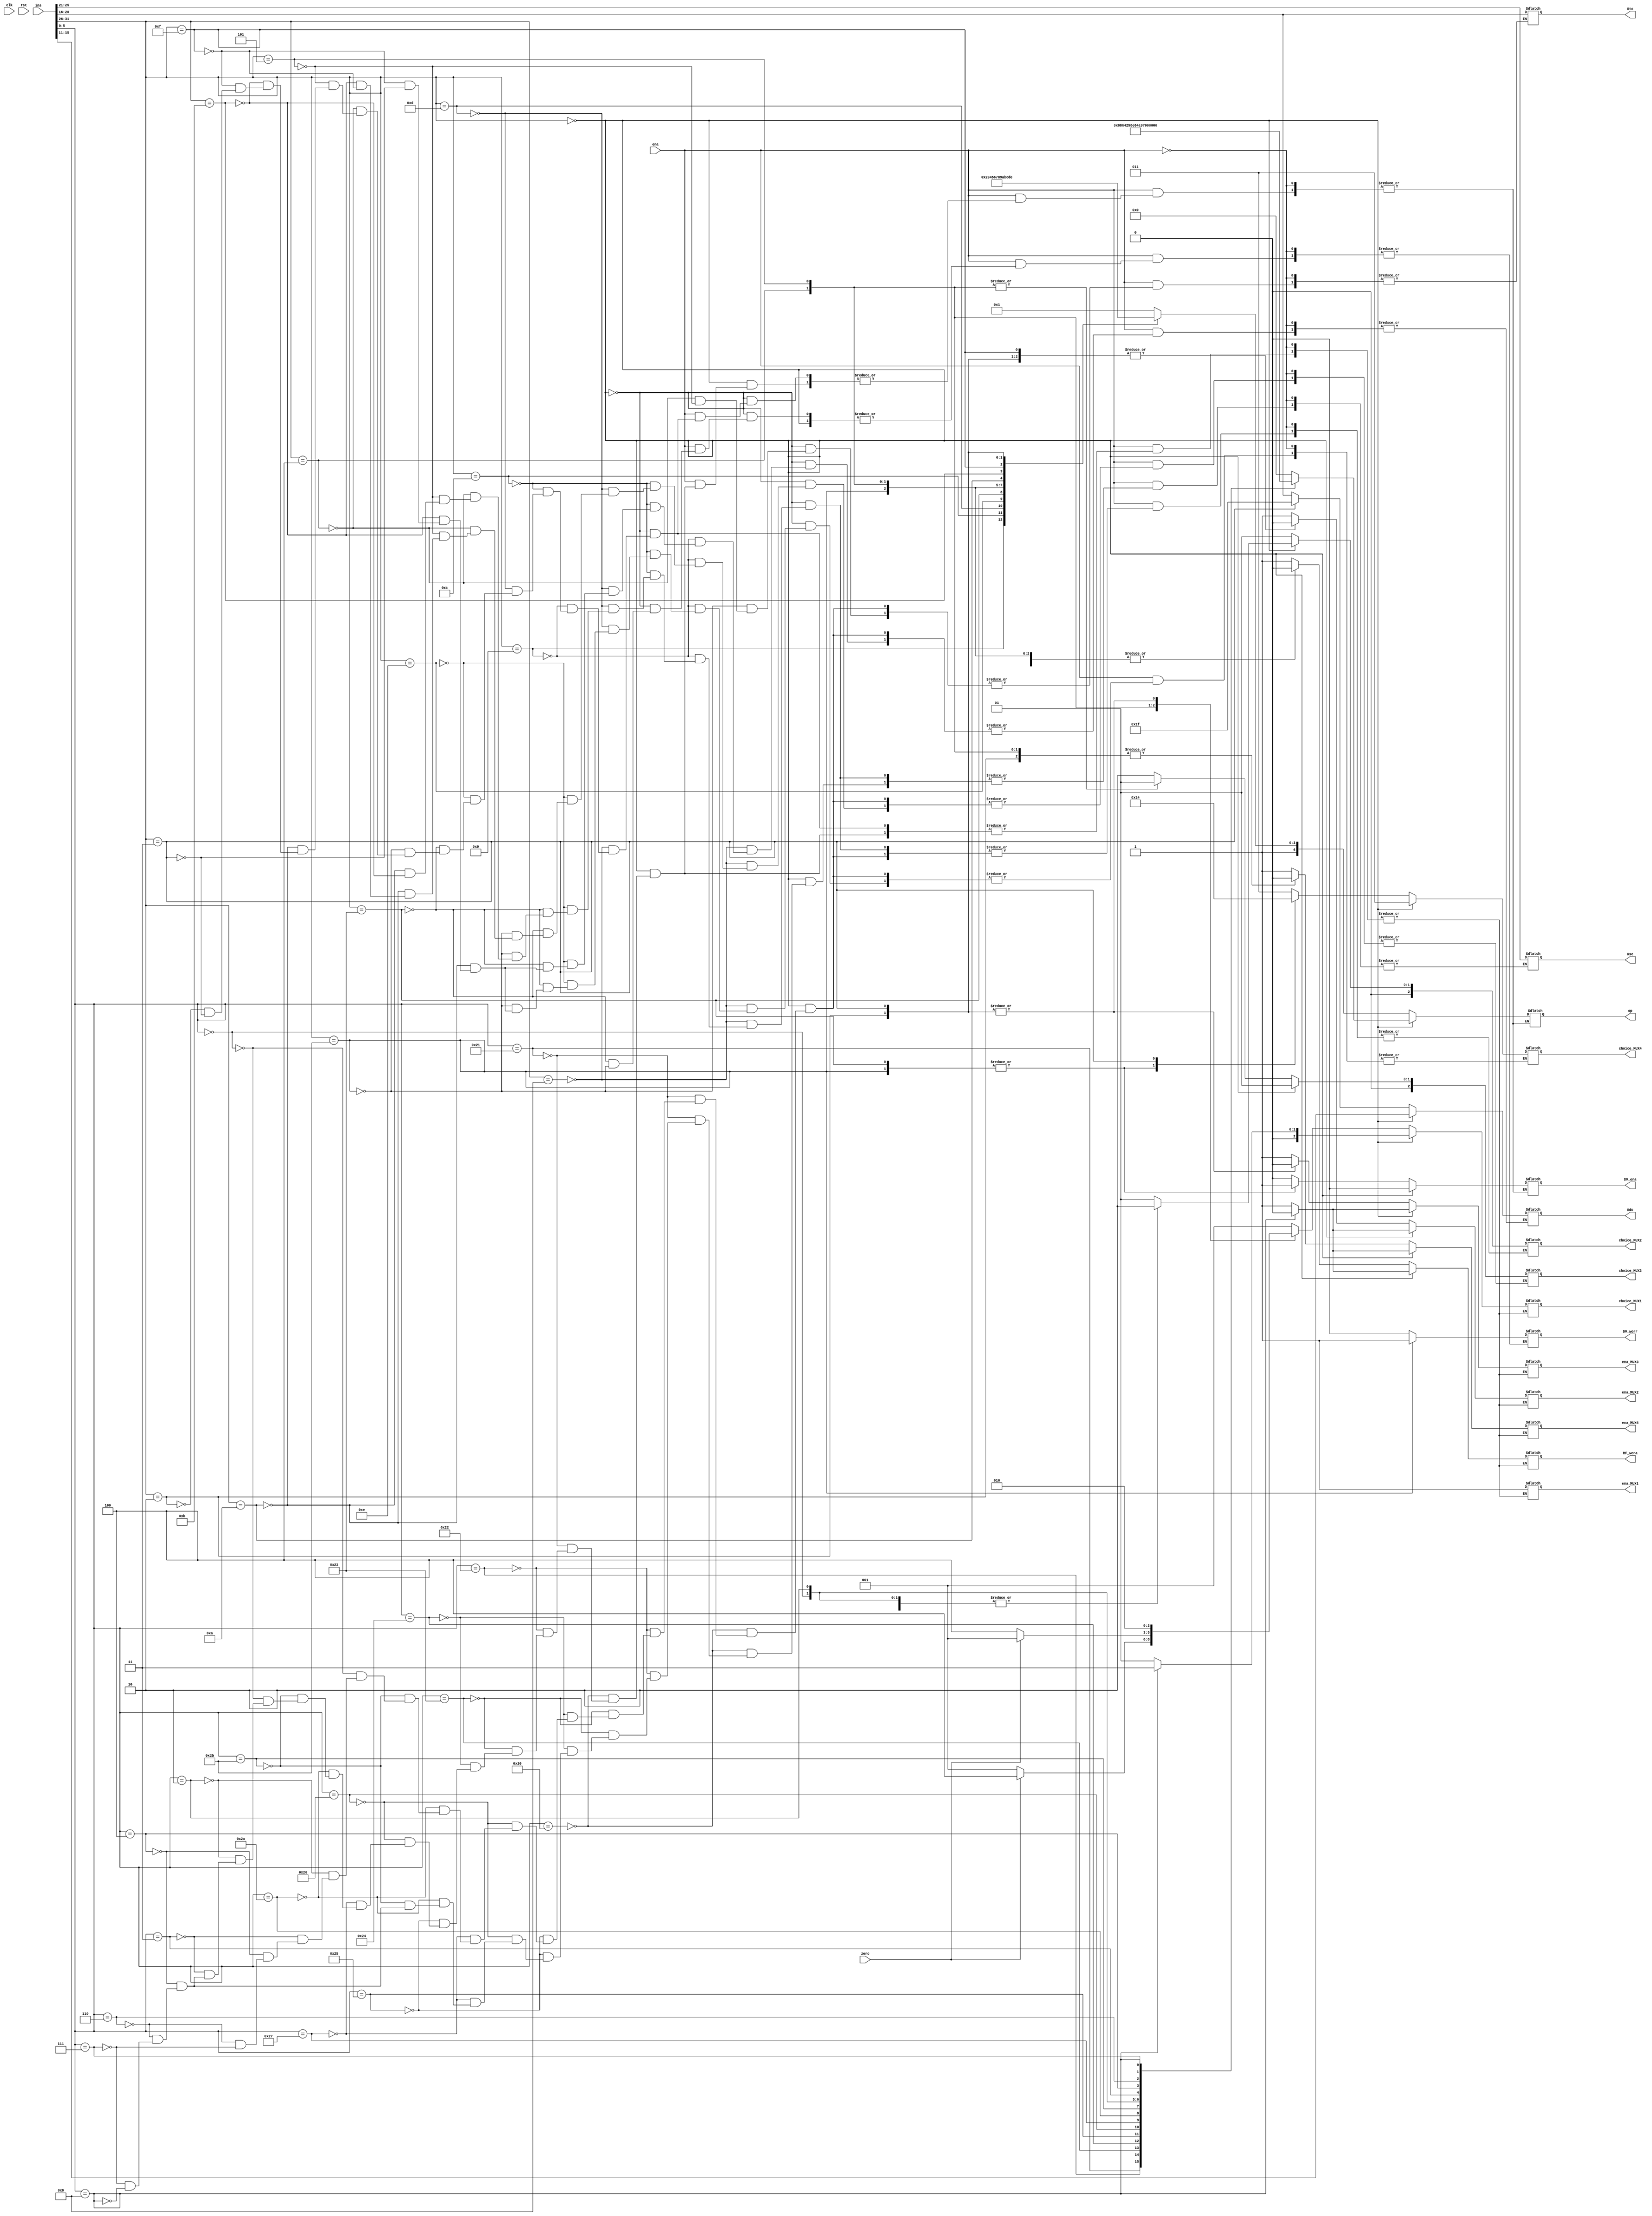
`timescale 1ns / 1ps
//////////////////////////////////////////////////////////////////////////////////
// Company: 
// Engineer: 
// 
// Design Name: 
// Module Name: Controller
// Project Name: 
// Target Devices: 
// Tool Versions: 
// Description: 
// 
// Dependencies: 
// 
// Revision:
// Revision 0.01 - File Created
// Additional Comments:
// 
//////////////////////////////////////////////////////////////////////////////////


module Controller(
    input clk,
    input ena,
    input rst,
    input zero,
    input [31:0]ins,
    output reg [4:0]op,
    output reg ena_MUX1,
    output reg [2:0]choice_MUX1,
    output reg ena_MUX2,
    output reg [2:0]choice_MUX2,
    output reg ena_MUX3,
    output reg [2:0]choice_MUX3,
    output reg ena_MUX4,
    output reg [2:0]choice_MUX4,
    output reg RF_wena,
    output reg [4:0]Rdc,
    output reg [4:0]Rsc,
    output reg [4:0]Rtc,
    //DMEM
    output reg DM_ena,
    //
    output reg DM_worr
    );

    parameter ADD = 5'b00000;
    parameter ADDU = 5'b00001;
    parameter SUB = 5'b00010;
    parameter SUBU = 5'b00011;
    parameter AND = 5'b00100;
    parameter OR = 5'b00101;
    parameter XOR = 5'b00110;
    parameter NOR = 5'b00111;
    parameter SLT = 5'b01000;
    parameter SLTU = 5'b01001;
    parameter SLL = 5'b01010;
    parameter SRL = 5'b01011;
    parameter SRA = 5'b01100;
    parameter SLLV = 5'b01101;
    parameter SRLV = 5'b01110;
    parameter SRAV = 5'b01111;
    parameter JR = 5'b10000;

    parameter ADDI = 5'b10001;
    parameter ADDIU = 5'b10010;
    parameter ANDI = 5'b10011;
    parameter ORI = 5'b10100;
    parameter XORI = 5'b10101;
    parameter LW = 5'b10110;
    parameter SW = 5'b10111;
    parameter BEQ = 5'b11000;
    parameter BNE = 5'b11001;
    parameter SLTI = 5'b11010;
    parameter SLTIU = 5'b11011;
    parameter LUI = 5'b11100;

    parameter J = 5'b11101;
    parameter JAI = 5'b11110;

    always @(*)begin
        if(ena)begin
            if(ins[31:26]==6'b00_0000)begin
                case(ins[5:0])
                    6'b10_0000:begin
                        op=ADD;

                        ena_MUX1<=1'b1;
                        choice_MUX1<=3'd1;
                        
                        RF_wena<=1'b1;
                        Rdc<=ins[15:11];
                        Rsc<=ins[25:21];
                        Rtc<=ins[20:16];

                        ena_MUX2<=1'b1;
                        choice_MUX2<=3'd1;
                        ena_MUX3<=1'b1;
                        choice_MUX3<=3'd1;

                        ena_MUX4<=1'b1;
                        choice_MUX4<=3'd3;

                        DM_ena=1'b0;
                    end
                    6'b10_0001:begin
                        op=ADDU;

                        ena_MUX1<=1'b1;
                        choice_MUX1<=3'd1;
                        
                        RF_wena<=1'b1;
                        Rdc<=ins[15:11];
                        Rsc<=ins[25:21];
                        Rtc<=ins[20:16];

                        ena_MUX2<=1'b1;
                        choice_MUX2<=3'd1;
                        ena_MUX3<=1'b1;
                        choice_MUX3<=3'd1;

                        ena_MUX4<=1'b1;
                        choice_MUX4<=3'd3;

                        DM_ena=1'b0;

                    end
                    6'b10_0010:begin
                        op=SUB;

                        ena_MUX1<=1'b1;
                        choice_MUX1<=3'd1;
                        
                        RF_wena<=1'b1;
                        Rdc<=ins[15:11];
                        Rsc<=ins[25:21];
                        Rtc<=ins[20:16];

                        ena_MUX2<=1'b1;
                        choice_MUX2<=3'd1;
                        ena_MUX3<=1'b1;
                        choice_MUX3<=3'd1;

                        ena_MUX4<=1'b1;
                        choice_MUX4<=3'd3;

                        DM_ena=1'b0;

                    end
                    6'b10_0011:begin
                        op=SUBU;

                        ena_MUX1<=1'b1;
                        choice_MUX1<=3'd1;
                        
                        RF_wena<=1'b1;
                        Rdc<=ins[15:11];
                        Rsc<=ins[25:21];
                        Rtc<=ins[20:16];

                        ena_MUX2<=1'b1;
                        choice_MUX2<=3'd1;
                        ena_MUX3<=1'b1;
                        choice_MUX3<=3'd1;

                        ena_MUX4<=1'b1;
                        choice_MUX4<=3'd3;

                        DM_ena=1'b0;
                    end
                    6'b10_0100:begin
                        op=AND;

                        ena_MUX1<=1'b1;
                        choice_MUX1<=3'd1;
                        
                        RF_wena<=1'b1;
                        Rdc<=ins[15:11];
                        Rsc<=ins[25:21];
                        Rtc<=ins[20:16];

                        ena_MUX2<=1'b1;
                        choice_MUX2<=3'd1;
                        ena_MUX3<=1'b1;
                        choice_MUX3<=3'd1;

                        ena_MUX4<=1'b1;
                        choice_MUX4<=3'd3;

                        DM_ena=1'b0;

                    end
                    6'b10_0101:begin
                        op=OR;

                        ena_MUX1<=1'b1;
                        choice_MUX1<=3'd1;
                        
                        RF_wena<=1'b1;
                        Rdc<=ins[15:11];
                        Rsc<=ins[25:21];
                        Rtc<=ins[20:16];

                        ena_MUX2<=1'b1;
                        choice_MUX2<=3'd1;
                        ena_MUX3<=1'b1;
                        choice_MUX3<=3'd1;

                        ena_MUX4<=1'b1;
                        choice_MUX4<=3'd3;

                        DM_ena=1'b0;
                    end
                    6'b10_0110:begin
                        op=XOR;

                        ena_MUX1<=1'b1;
                        choice_MUX1<=3'd1;
                        
                        RF_wena<=1'b1;
                        Rdc<=ins[15:11];
                        Rsc<=ins[25:21];
                        Rtc<=ins[20:16];

                        ena_MUX2<=1'b1;
                        choice_MUX2<=3'd1;
                        ena_MUX3<=1'b1;
                        choice_MUX3<=3'd1;

                        ena_MUX4<=1'b1;
                        choice_MUX4<=3'd3;

                        DM_ena=1'b0;
                    end
                    6'b10_0111:begin
                        op=NOR;

                        ena_MUX1<=1'b1;
                        choice_MUX1<=3'd1;
                        
                        RF_wena<=1'b1;
                        Rdc<=ins[15:11];
                        Rsc<=ins[25:21];
                        Rtc<=ins[20:16];

                        ena_MUX2<=1'b1;
                        choice_MUX2<=3'd1;
                        ena_MUX3<=1'b1;
                        choice_MUX3<=3'd1;

                        ena_MUX4<=1'b1;
                        choice_MUX4<=3'd3;

                        DM_ena=1'b0;

                    end
                    6'b10_1010:begin
                        op=SLT;

                        ena_MUX1<=1'b1;
                        choice_MUX1<=3'd1;
                        
                        RF_wena<=1'b1;
                        Rdc<=ins[15:11];
                        Rsc<=ins[25:21];
                        Rtc<=ins[20:16];

                        ena_MUX2<=1'b1;
                        choice_MUX2<=3'd1;
                        ena_MUX3<=1'b1;
                        choice_MUX3<=3'd1;

                        ena_MUX4<=1'b1;
                        choice_MUX4<=3'd3;

                        DM_ena=1'b0;
                    end
                    6'b10_1011:begin
                        op=SLTU;

                        ena_MUX1<=1'b1;
                        choice_MUX1<=3'd1;
                        
                        RF_wena<=1'b1;
                        Rdc<=ins[15:11];
                        Rsc<=ins[25:21];
                        Rtc<=ins[20:16];

                        ena_MUX2<=1'b1;
                        choice_MUX2<=3'd1;
                        ena_MUX3<=1'b1;
                        choice_MUX3<=3'd1;

                        ena_MUX4<=1'b1;
                        choice_MUX4<=3'd3;

                        DM_ena=1'b0;
                    end
                    6'b00_0000:begin
                        op=SLL;

                        ena_MUX1<=1'b1;
                        choice_MUX1<=3'd1;
                        
                        RF_wena<=1'b1;
                        Rdc<=ins[15:11];
                        Rtc<=ins[20:16];

                        ena_MUX2<=1'b1;
                        choice_MUX2<=3'd2;
                        ena_MUX3<=1'b1;
                        choice_MUX3<=3'd1;

                        ena_MUX4<=1'b1;
                        choice_MUX4<=3'd3;

                        DM_ena=1'b0;

                    end
                    6'b00_0010:begin
                        op=SRL;

                        ena_MUX1<=1'b1;
                        choice_MUX1<=3'd1;
                        
                        RF_wena<=1'b1;
                        Rdc<=ins[15:11];
                        Rtc<=ins[20:16];

                        ena_MUX2<=1'b1;
                        choice_MUX2<=3'd2;
                        ena_MUX3<=1'b1;
                        choice_MUX3<=3'd1;

                        ena_MUX4<=1'b1;
                        choice_MUX4<=3'd3;

                        DM_ena=1'b0;
                    end
                    6'b00_0011:begin
                        op=SRA;

                        ena_MUX1<=1'b1;
                        choice_MUX1<=3'd1;
                        
                        RF_wena<=1'b1;
                        Rdc<=ins[15:11];
                        Rtc<=ins[20:16];

                        ena_MUX2<=1'b1;
                        choice_MUX2<=3'd2;
                        ena_MUX3<=1'b1;
                        choice_MUX3<=3'd1;

                        ena_MUX4<=1'b1;
                        choice_MUX4<=3'd3;

                        DM_ena=1'b0;
                    end
                    6'b00_0100:begin
                        op=SLLV;

                        ena_MUX1<=1'b1;
                        choice_MUX1<=3'd1;
                        
                        RF_wena<=1'b1;
                        Rdc<=ins[15:11];
                        Rsc<=ins[25:21];
                        Rtc<=ins[20:16];

                        ena_MUX2<=1'b1;
                        choice_MUX2<=3'd1;
                        ena_MUX3<=1'b1;
                        choice_MUX3<=3'd1;

                        ena_MUX4<=1'b1;
                        choice_MUX4<=3'd3;

                        DM_ena=1'b0;
                    end
                    6'b00_0110:begin
                        op=SRLV;

                        ena_MUX1<=1'b1;
                        choice_MUX1<=3'd1;
                        
                        RF_wena<=1'b1;
                        Rdc<=ins[15:11];
                        Rsc<=ins[25:21];
                        Rtc<=ins[20:16];

                        ena_MUX2<=1'b1;
                        choice_MUX2<=3'd1;
                        ena_MUX3<=1'b1;
                        choice_MUX3<=3'd1;

                        ena_MUX4<=1'b1;
                        choice_MUX4<=3'd3;

                        DM_ena=1'b0;
                    end
                    6'b00_0111:begin
                        op=SRAV;

                        ena_MUX1<=1'b1;
                        choice_MUX1<=3'd1;
                        
                        RF_wena<=1'b1;
                        Rdc<=ins[15:11];
                        Rsc<=ins[25:21];
                        Rtc<=ins[20:16];

                        ena_MUX2<=1'b1;
                        choice_MUX2<=3'd1;
                        ena_MUX3<=1'b1;
                        choice_MUX3<=3'd1;

                        ena_MUX4<=1'b1;
                        choice_MUX4<=3'd3;

                        DM_ena=1'b0;
                    end
                    6'b00_1000:begin
                        op=JR;

                        ena_MUX1<=1'b1;
                        choice_MUX1<=3'd3;
                        
                        RF_wena<=1'b0;
                        Rsc<=ins[25:21];

                        ena_MUX2<=1'b0;
                        ena_MUX3<=1'b0;
                        ena_MUX4<=1'b0;

                        DM_ena=1'b0;
                    end
                endcase
            end
            else begin
                case(ins[31:26])
                    6'b00_1000:begin
                        op=ADDI;

                        ena_MUX1<=1'b1;
                        choice_MUX1<=3'd1;
                        
                        RF_wena<=1'b1;
                        Rdc<=ins[20:16];
                        Rsc<=ins[25:21];

                        ena_MUX2<=1'b1;
                        choice_MUX2<=3'd1;
                        ena_MUX3<=1'b1;
                        choice_MUX3<=3'd2;

                        ena_MUX4<=1'b1;
                        choice_MUX4<=3'd3;

                        DM_ena=1'b0;

                    end
                    6'b00_1001:begin
                        op=ADDIU;

                        ena_MUX1<=1'b1;
                        choice_MUX1<=3'd1;
                        
                        RF_wena<=1'b1;
                        Rdc<=ins[20:16];
                        Rsc<=ins[25:21];

                        ena_MUX2<=1'b1;
                        choice_MUX2<=3'd1;
                        ena_MUX3<=1'b1;
                        choice_MUX3<=3'd2;

                        ena_MUX4<=1'b1;
                        choice_MUX4<=3'd3;

                        DM_ena=1'b0;
                    end
                    6'b00_1100:begin
                        op=ANDI;

                        ena_MUX1<=1'b1;
                        choice_MUX1<=3'd1;
                        
                        RF_wena<=1'b1;
                        Rdc<=ins[20:16];
                        Rsc<=ins[25:21];

                        ena_MUX2<=1'b1;
                        choice_MUX2<=3'd1;
                        ena_MUX3<=1'b1;
                        choice_MUX3<=3'd2;

                        ena_MUX4<=1'b1;
                        choice_MUX4<=3'd3;

                        DM_ena=1'b0;

                    end
                    6'b00_1101:begin
                        op=ORI;

                        ena_MUX1<=1'b1;
                        choice_MUX1<=3'd1;
                        
                        RF_wena<=1'b1;
                        Rdc<=ins[20:16];
                        Rsc<=ins[25:21];

                        ena_MUX2<=1'b1;
                        choice_MUX2<=3'd1;
                        ena_MUX3<=1'b1;
                        choice_MUX3<=3'd2;

                        ena_MUX4<=1'b1;
                        choice_MUX4<=3'd3;

                        DM_ena=1'b0;
                    end
                    6'b00_1110:begin
                        op=XORI;

                        ena_MUX1<=1'b1;
                        choice_MUX1<=3'd1;
                        
                        RF_wena<=1'b1;
                        Rdc<=ins[20:16];
                        Rsc<=ins[25:21];

                        ena_MUX2<=1'b1;
                        choice_MUX2<=3'd1;
                        ena_MUX3<=1'b1;
                        choice_MUX3<=3'd2;

                        ena_MUX4<=1'b1;
                        choice_MUX4<=3'd3;

                        DM_ena=1'b0;
                    end
                    6'b10_0011:begin
                        op=LW;

                        ena_MUX1<=1'b1;
                        choice_MUX1<=3'd1;
                        
                        RF_wena<=1'b1;
                        Rdc<=ins[20:16];
                        Rsc<=ins[25:21];

                        ena_MUX2<=1'b1;
                        choice_MUX2<=3'd1;
                        ena_MUX3<=1'b1;
                        choice_MUX3<=3'd2;

                        ena_MUX4<=1'b1;
                        choice_MUX4<=3'd2;

                        DM_ena=1'b1;
                        DM_worr=1'b0;

                    end
                    6'b10_1011:begin
                        op=SW;

                        ena_MUX1<=1'b1;
                        choice_MUX1<=3'd1;
                        
                        RF_wena<=1'b0;
                        Rtc<=ins[20:16];
                        Rsc<=ins[25:21];

                        ena_MUX2<=1'b1;
                        choice_MUX2<=3'd1;
                        ena_MUX3<=1'b1;
                        choice_MUX3<=3'd2;

                        ena_MUX4<=1'b1;
                        choice_MUX4<=3'd2;

                        DM_ena=1'b1;
                        DM_worr=1'b1;
                    end
                    6'b00_0100:begin
                        op=BEQ;

                        ena_MUX1<=1'b1;
                        // choice_MUX1<=zero?3'd4:3'd1;
                        if(zero==1'b1) begin
                            choice_MUX1<=3'd4;
                        end
                        else begin
                            choice_MUX1<=3'd1;
                        end
                        
                        RF_wena<=1'b0;
                        Rsc<=ins[25:21];
                        Rtc<=ins[20:16];

                        ena_MUX2<=1'b1;
                        choice_MUX2<=3'd1;
                        ena_MUX3<=1'b1;
                        choice_MUX3<=3'd1;

                        ena_MUX4<=1'b0;

                        DM_ena=1'b0;
                    end
                    6'b00_0101:begin
                        op=BNE;

                        ena_MUX1<=1'b1;
                        choice_MUX1<=zero?3'd1:3'd4;
                        
                        RF_wena<=1'b0;
                        Rsc<=ins[25:21];
                        Rtc<=ins[20:16];

                        ena_MUX2<=1'b1;
                        choice_MUX2<=3'd1;
                        ena_MUX3<=1'b1;
                        choice_MUX3<=3'd1;

                        ena_MUX4<=1'b0;

                        DM_ena=1'b0;
                    end
                    6'b00_1010:begin
                        op=SLTI;

                        ena_MUX1<=1'b1;
                        choice_MUX1<=3'd1;
                        
                        RF_wena<=1'b1;
                        Rdc<=ins[20:16];
                        Rsc<=ins[25:21];

                        ena_MUX2<=1'b1;
                        choice_MUX2<=3'd1;
                        ena_MUX3<=1'b1;
                        choice_MUX3<=3'd2;

                        ena_MUX4<=1'b1;
                        choice_MUX4<=3'd3;

                        DM_ena=1'b0;
                    end
                    6'b00_1011:begin
                        op=SLTIU;

                        ena_MUX1<=1'b1;
                        choice_MUX1<=3'd1;
                        
                        RF_wena<=1'b1;
                        Rdc<=ins[20:16];
                        Rsc<=ins[25:21];

                        ena_MUX2<=1'b1;
                        choice_MUX2<=3'd1;
                        ena_MUX3<=1'b1;
                        choice_MUX3<=3'd2;

                        ena_MUX4<=1'b1;
                        choice_MUX4<=3'd3;

                        DM_ena=1'b0;
                    end
                    6'b00_1111:begin
                        op=LUI;

                        ena_MUX1<=1'b1;
                        choice_MUX1<=3'd1;
                        
                        RF_wena<=1'b1;
                        Rdc<=ins[20:16];

                        ena_MUX2<=1'b0;
                        ena_MUX3<=1'b1;
                        choice_MUX3<=3'd2;

                        ena_MUX4<=1'b1;
                        choice_MUX4<=3'd3;

                        DM_ena=1'b0;

                    end
                    6'b00_0010:begin
                        op=J;

                        ena_MUX1<=1'b1;
                        choice_MUX1<=3'd2;
                        
                        RF_wena<=1'b0;

                        ena_MUX2<=1'b0;
                        ena_MUX3<=1'b0;
                        ena_MUX4<=1'b0;

                        DM_ena=1'b0;
                    end
                    6'b00_0011:begin
                        op=JAI;

                        ena_MUX1<=1'b1;
                        choice_MUX1<=3'd2;
                        
                        RF_wena<=1'b1;
                        Rdc<=5'd31;//ra

                        ena_MUX2<=1'b0;
                        ena_MUX3<=1'b0;

                        ena_MUX4<=1'b1;
                        choice_MUX4<=3'd4;

                        DM_ena=1'b0;
                    end
                endcase
            end
        end
    end
endmodule